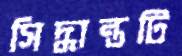
সিদ্ধান্তটি